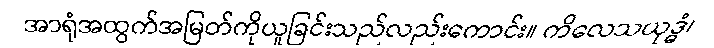
အာရုံအထွက်အမြတ်ကိုယူခြင်းသည်လည်းကောင်း။ ကိလေသယုဒ္ဓံ၊